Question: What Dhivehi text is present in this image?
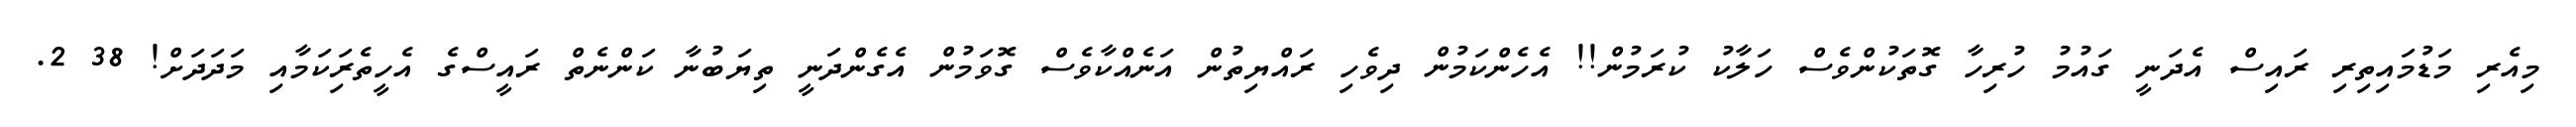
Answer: މިއެރި މަޑުމައިތިރި ރައިސް އެދަނީ ގައުމު ހުރިހާ ގޮތަކުންވެސް ހަލާކު ކުރަމުން!! އެހެންކަމުން ދިވެހި ރައްޔިތުން އަނެއްކާވެސް ގޮވަމުން އެގެންދަނީ ތިޔަބުނާ ކަންނެތް ރައީސްގެ އެހީތެރިަކަމާއި މަދަދަށް! 38 2.